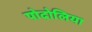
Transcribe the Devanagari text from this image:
पोदोलिया